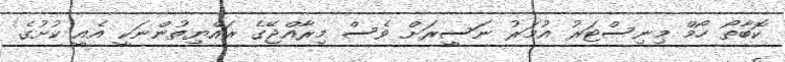
ކޮބާތޯ ހޯމް މިނިސްޓަރު އުމަރު ނަސީރަށް ވެސް މިރާއްޖޭގެ ރައްޔިތުންނަކީ އެއީ ކުށުގެ